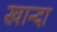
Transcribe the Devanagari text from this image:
खान्दा